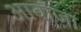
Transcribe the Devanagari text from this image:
आवाजा